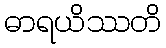
ဓာရယိဿတိ